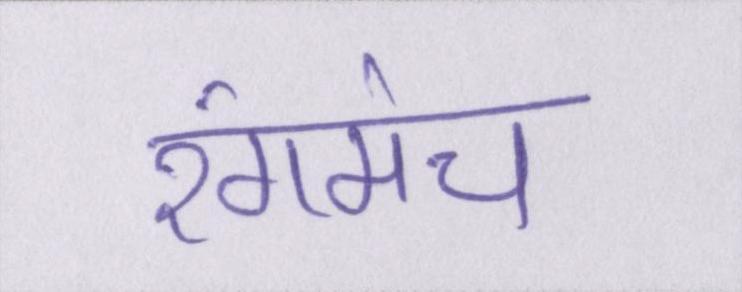
रंगमंच